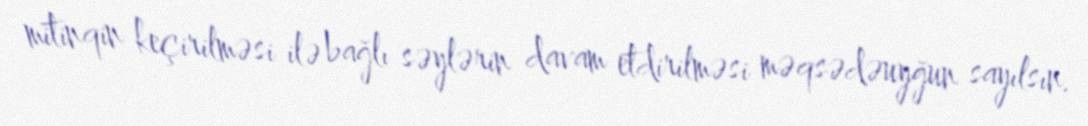
mitinqin keçirilməsi ilə bağlı səylərin davam etdirilməsi məqsədəuyğun sayılsın.